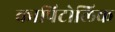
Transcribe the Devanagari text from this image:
कापिटोलिक